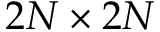
2 N \times 2 N